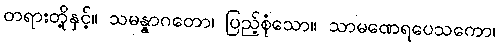
တရားတို့နှင့်။ သမန္နာဂတော၊ ပြည့်စုံသော။ သာမဏေရပေသကော၊